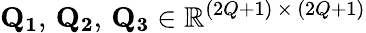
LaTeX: \mathbf{Q_{1}},\, \mathbf{Q_{2}},\, \mathbf{Q_{3}}\in\mathbb{R}^{(2Q+1)\, \times\, (2Q+1)}